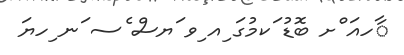
ާހއަ ްށ ބޮޑު ަކމުގަ ިއ ިވ ަޔސް ެސ ަނ ިހޔަ